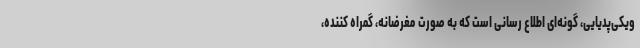
ویکی‌پدیایی، گونه‌ای اطلاع رسانی است که به صورت مغرضانه، گمراه کننده،